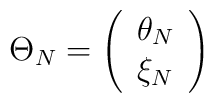
\Theta _{N}=\left( \begin{array}{c}\theta _{N}\\\xi _{N}\end{array}\right)